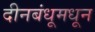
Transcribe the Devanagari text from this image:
दीनबंधूमधून